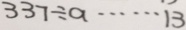
3 3 7 \div a \cdots 1 3